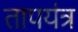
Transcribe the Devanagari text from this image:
तापयंत्र